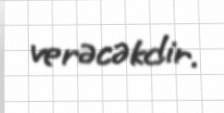
verəcəkdir.